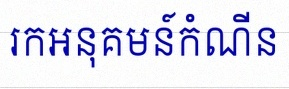
រកអនុគមន៍កំណើន